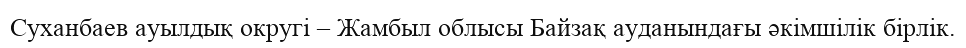
Суханбаев ауылдық округі – Жамбыл облысы Байзақ ауданындағы әкімшілік бірлік.